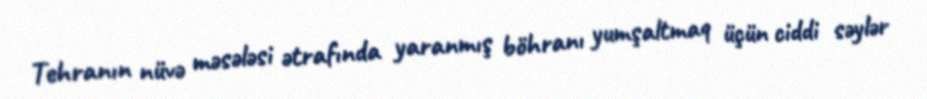
Tehranın nüvə məsələsi ətrafında yaranmış böhranı yumşaltmaq üçün ciddi səylər